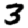
Digit: 3